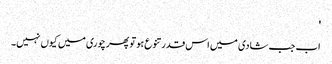
'
اب جب شادی میں اس قدر تنوع ہو تو پھر چوری میں کیوں نہیں۔